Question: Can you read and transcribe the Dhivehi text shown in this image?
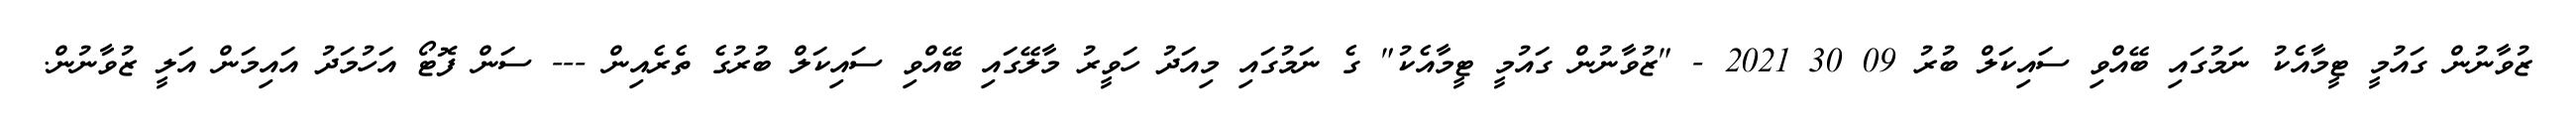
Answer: ޒުވާނުން ގައުމީ ޓީމާއެކު ނަމުގައި ބޭއްވި ސައިކަލް ބުރު 09 30 2021 - "ޒުވާނުން ގައުމީ ޓީމާއެކު" ގެ ނަމުގައި މިއަދު ހަވީރު މާލޭގައި ބޭއްވި ސައިކަލް ބުރުގެ ތެރެއިން --- ސަން ފޮޓޯ އަހުމަދު އައިމަން އަލީ ޒުވާނުން.